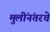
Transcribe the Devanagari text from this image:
मुलींनंतरचे